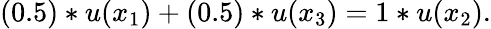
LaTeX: (0.5)*u(x_{1})+(0.5)*u(x_{3})=1*u(x_{2}).